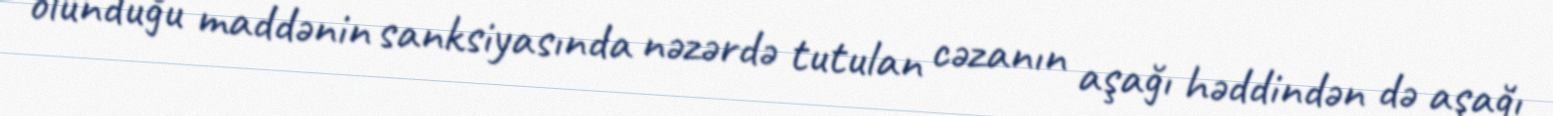
olunduğu maddənin sanksiyasında nəzərdə tutulan cəzanın aşağı həddindən də aşağı